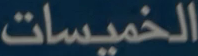
الخميسات